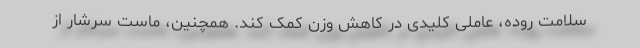
سلامت روده، عاملی کلیدی در کاهش وزن کمک کند. همچنین، ماست سرشار از